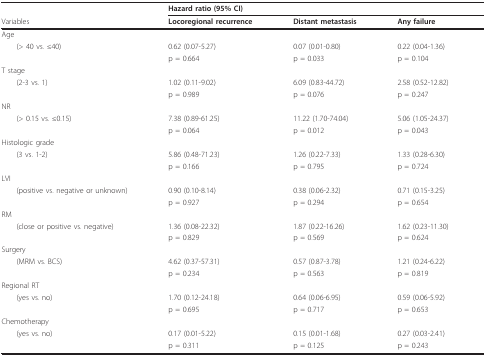
<table><thead><tr><td></td><td><b>Hazard ratio (95% CI)</b></td><td></td><td></td></tr><tr><td><b>Variables</b></td><td><b>Locoregional recurrence</b></td><td><b>Distant metastasis</b></td><td><b>Any failure</b></td></tr></thead><tbody><tr><td>Age</td><td></td><td></td><td></td></tr><tr><td> (&gt; 40 vs. ≤40)</td><td>0.62 (0.07-5.27)</td><td>0.07 (0.01-0.80)</td><td>0.22 (0.04-1.36)</td></tr><tr><td></td><td>p = 0.664</td><td>p = 0.033</td><td>p = 0.104</td></tr><tr><td>T stage</td><td></td><td></td><td></td></tr><tr><td> (2-3 vs. 1)</td><td>1.02 (0.11-9.02)</td><td>6.09 (0.83-44.72)</td><td>2.58 (0.52-12.82)</td></tr><tr><td></td><td>p = 0.989</td><td>p = 0.076</td><td>p = 0.247</td></tr><tr><td>NR</td><td></td><td></td><td></td></tr><tr><td> (&gt; 0.15 vs. ≤0.15)</td><td>7.38 (0.89-61.25)</td><td>11.22 (1.70-74.04)</td><td>5.06 (1.05-24.37)</td></tr><tr><td></td><td>p = 0.064</td><td>p = 0.012</td><td>p = 0.043</td></tr><tr><td>Histologic grade</td><td></td><td></td><td></td></tr><tr><td> (3 vs. 1-2)</td><td>5.86 (0.48-71.23)</td><td>1.26 (0.22-7.33)</td><td>1.33 (0.28-6.30)</td></tr><tr><td></td><td>p = 0.166</td><td>p = 0.795</td><td>p = 0.724</td></tr><tr><td>LVI</td><td></td><td></td><td></td></tr><tr><td> (positive vs. negative or unknown)</td><td>0.90 (0.10-8.14)</td><td>0.38 (0.06-2.32)</td><td>0.71 (0.15-3.25)</td></tr><tr><td></td><td>p = 0.927</td><td>p = 0.294</td><td>p = 0.654</td></tr><tr><td>RM</td><td></td><td></td><td></td></tr><tr><td> (close or positive vs. negative)</td><td>1.36 (0.08-22.32)</td><td>1.87 (0.22-16.26)</td><td>1.62 (0.23-11.30)</td></tr><tr><td></td><td>p = 0.829</td><td>p = 0.569</td><td>p = 0.624</td></tr><tr><td>Surgery</td><td></td><td></td><td></td></tr><tr><td> (MRM vs. BCS)</td><td>4.62 (0.37-57.31)</td><td>0.57 (0.87-3.78)</td><td>1.21 (0.24-6.22)</td></tr><tr><td></td><td>p = 0.234</td><td>p = 0.563</td><td>p = 0.819</td></tr><tr><td>Regional RT</td><td></td><td></td><td></td></tr><tr><td> (yes vs. no)</td><td>1.70 (0.12-24.18)</td><td>0.64 (0.06-6.95)</td><td>0.59 (0.06-5.92)</td></tr><tr><td></td><td>p = 0.695</td><td>p = 0.717</td><td>p = 0.653</td></tr><tr><td>Chemotherapy</td><td></td><td></td><td></td></tr><tr><td> (yes vs. no)</td><td>0.17 (0.01-5.22)</td><td>0.15 (0.01-1.68)</td><td>0.27 (0.03-2.41)</td></tr><tr><td></td><td>p = 0.311</td><td>p = 0.125</td><td>p = 0.243</td></tr></tbody></table>